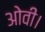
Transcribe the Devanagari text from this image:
ओवी।